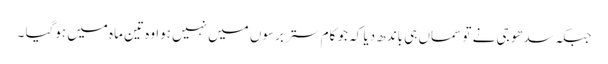
جبکہ سدھو جی نے تو سماں ہی باندھ دیا کہ جو کام ستر برسوں میں نہیں ہوا وہ تین ماہ میں ہوگیا ۔